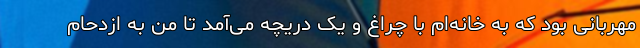
مهربانی بود که به خانه‌ام با چراغ و یک دریچه می‌آمد تا من به ازدحام